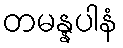
တမန္နပါနံ